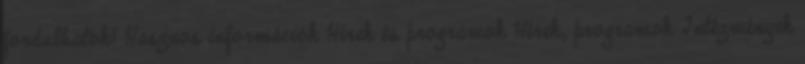
fordulhatok? Hasznos információk Hírek és programok Hírek, programok Intézmények